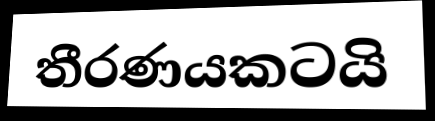
තීරණයකටයි